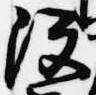
没